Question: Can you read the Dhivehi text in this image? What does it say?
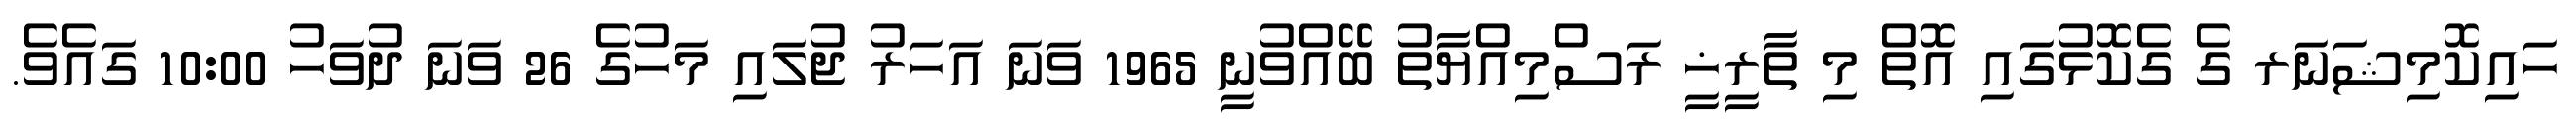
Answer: ހައިކޮމިޝަނަރ ގެ ގެކޮޅުގައި އޮތް މި ތާރީޚީ ރަސްމިއްޔާތު ބޭއްވުނީ 1965 ވަނަ އަހަރު ޖުލައި މަހުގެ 26 ވަނަ ދުވަހު 10:00 ގައެވެ.